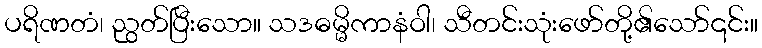
ပရိဏတံ၊ ညွတ်ပြီးသော။ သဒဓမ္မိကာနံဝါ၊ သီတင်းသုံးဖော်တို့၏သော်၎င်း။